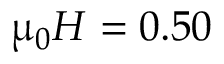
\upmu _ { 0 } H = 0 . 5 0